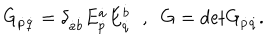
LaTeX: G _ { \dot { p } \dot { q } } = \delta _ { \dot { a } \dot { b } } E _ { \dot { p } } ^ { \dot { a } } E _ { \dot { q } } ^ { \dot { b } } \; \; , \; \; G = \mathrm { d e t } G _ { \dot { p } \dot { q } } .